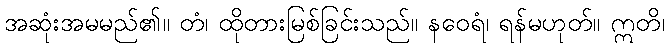
အဆုံးအမမည်၏။ တံ၊ ထိုတားမြစ်ခြင်းသည်။ နဝေရံ၊ ရန်မဟုတ်။ ဣတိ၊